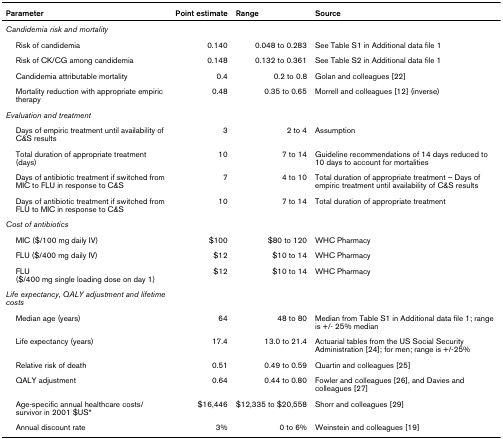
<table><thead><tr><td><b>Parameter</b></td><td><b>Point estimate</b></td><td><b>Range</b></td><td><b>Source</b></td></tr></thead><tbody><tr><td><i>Candidemia risk and mortality</i></td><td></td><td></td><td></td></tr><tr><td> Risk of candidemia</td><td>0.140</td><td>0.048 to 0.283</td><td>See Table S1 in Additional data file 1</td></tr><tr><td> Risk of CK/CG among candidemia</td><td>0.148</td><td>0.132 to 0.361</td><td>See Table S2 in Additional data file 1</td></tr><tr><td> Candidemia attributable mortality</td><td>0.4</td><td>0.2 to 0.8</td><td>Golan and colleagues [22]</td></tr><tr><td> Mortality reduction with appropriate empiric therapy</td><td>0.48</td><td>0.35 to 0.65</td><td>Morrell and colleagues [12] (inverse)</td></tr><tr><td><i>Evaluation and treatment</i></td><td></td><td></td><td></td></tr><tr><td> Days of empiric treatment until availability of C&amp;S results</td><td>3</td><td>2 to 4</td><td>Assumption</td></tr><tr><td> Total duration of appropriate treatment (days)</td><td>10</td><td>7 to 14</td><td>Guideline recommendations of 14 days reduced to 10 days to account for mortalities</td></tr><tr><td> Days of antibiotic treatment if switched from MIC to FLU in response to C&amp;S</td><td>7</td><td>4 to 10</td><td>Total duration of appropriate treatment – Days of empiric treatment until availability of C&amp;S results</td></tr><tr><td> Days of antibiotic treatment if switched from FLU to MIC in response to C&amp;S</td><td>10</td><td>7 to 14</td><td>Total duration of appropriate treatment</td></tr><tr><td><i>Cost of antibiotics</i></td><td></td><td></td><td></td></tr><tr><td> MIC ($/100 mg daily IV)</td><td>$100</td><td>$80 to 120</td><td>WHC Pharmacy</td></tr><tr><td> FLU ($/400 mg daily IV)</td><td>$12</td><td>$10 to 14</td><td>WHC Pharmacy</td></tr><tr><td> FLU ($/400 mg single loading dose on day 1)</td><td>$12</td><td>$10 to 14</td><td>WHC Pharmacy</td></tr><tr><td><i>Life expectancy, QALY adjustment and lifetime costs</i></td><td></td><td></td><td></td></tr><tr><td> Median age (years)</td><td>64</td><td>48 to 80</td><td>Median from Table S1 in Additional data file 1; range is +/- 25% median</td></tr><tr><td> Life expectancy (years)</td><td>17.4</td><td>13.0 to 21.4</td><td>Actuarial tables from the US Social Security Administration [24]; for men; range is +/-25%</td></tr><tr><td> Relative risk of death</td><td>0.51</td><td>0.49 to 0.59</td><td>Quartin and colleagues [25]</td></tr><tr><td> QALY adjustment</td><td>0.64</td><td>0.44 to 0.80</td><td>Fowler and colleagues [26], and Davies and colleagues [27]</td></tr><tr><td> Age-specific annual healthcare costs/survivor in 2001 $US*</td><td>$16,446</td><td>$12,335 to $20,558</td><td>Shorr and colleagues [29]</td></tr><tr><td> Annual discount rate</td><td>3%</td><td>0 to 6%</td><td>Weinstein and colleagues [19]</td></tr></tbody></table>